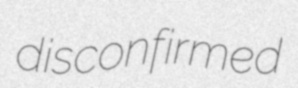
disconfirmed